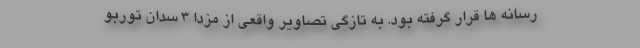
رسانه ها قرار گرفته بود. به تازگی تصاویر واقعی از مزدا 3 سدان توربو